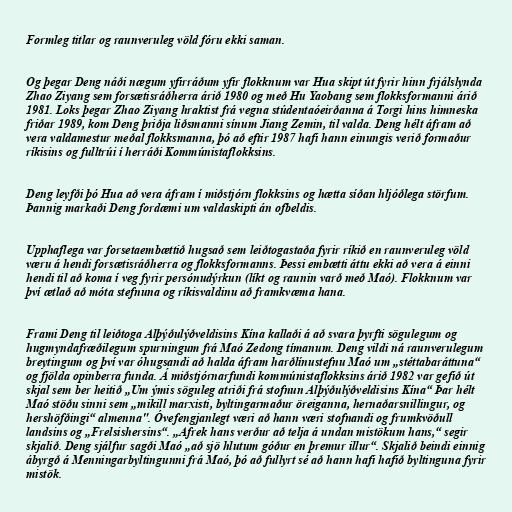
Formleg titlar og raunveruleg völd fóru ekki saman.

Og þegar Deng náði nægum yfirráðum yfir flokknum var Hua skipt út fyrir hinn frjálslynda
Zhao Ziyang sem forsætisráðherra árið 1980 og með Hu Yaobang sem flokksformanni árið
1981. Loks þegar Zhao Ziyang hraktist frá vegna stúdentaóeirðanna á Torgi hins himneska
friðar 1989, kom Deng þriðja liðsmanni sínum Jiang Zemin, til valda. Deng hélt áfram að
vera valdamestur meðal flokksmanna, þó að eftir 1987 hafi hann einungis verið formaður
ríkisins og fulltrúi í herráði Kommúnistaflokksins.

Deng leyfði þó Hua að vera áfram í miðstjórn flokksins og hætta síðan hljóðlega störfum.
Þannig markaði Deng fordæmi um valdaskipti án ofbeldis.

Upphaflega var forsetaembættið hugsað sem leiðtogastaða fyrir ríkið en raunveruleg völd
væru á hendi forsætisráðherra og flokksformanns. Þessi embætti áttu ekki að vera á einni
hendi til að koma í veg fyrir persónudýrkun (líkt og raunin varð með Maó). Flokknum var
því ætlað að móta stefnuna og ríkisvaldinu að framkvæma hana.

Frami Deng til leiðtoga Alþýðulýðveldisins Kína kallaði á að svara þyrfti sögulegum og
hugmyndafræðilegum spurningum frá Maó Zedong tímanum. Deng vildi ná raunverulegum
breytingum og því var óhugsandi að halda áfram harðlínustefnu Maó um „stéttabaráttuna“
og fjölda opinberra funda. Á miðstjórnarfundi kommúnistaflokksins árið 1982 var gefið út
skjal sem ber heitið „Um ýmis söguleg atriði frá stofnun Alþýðulýðveldisins Kína“ Þar hélt
Maó stöðu sinni sem „mikill marxisti, byltingarmaður öreiganna, hernaðarsnillingur, og
hershöfðingi“ almenna". Óvefengjanlegt væri að hann væri stofnandi og frumkvöðull
landsins og „Frelsishersins“. „Afrek hans verður að telja á undan mistökum hans,“ segir
skjalið. Deng sjálfur sagði Maó „að sjö hlutum góður en þremur illur“. Skjalið beindi einnig
ábyrgð á Menningarbyltingunni frá Maó, þó að fullyrt sé að hann hafi hafið byltinguna fyrir
mistök.